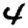
Digit: 4